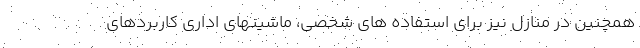
همچنین در منازل نیز برای استفاده های شخصی، ماشینهای اداری کاربردهای